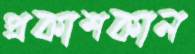
প্রকাশকাল